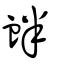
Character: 衅